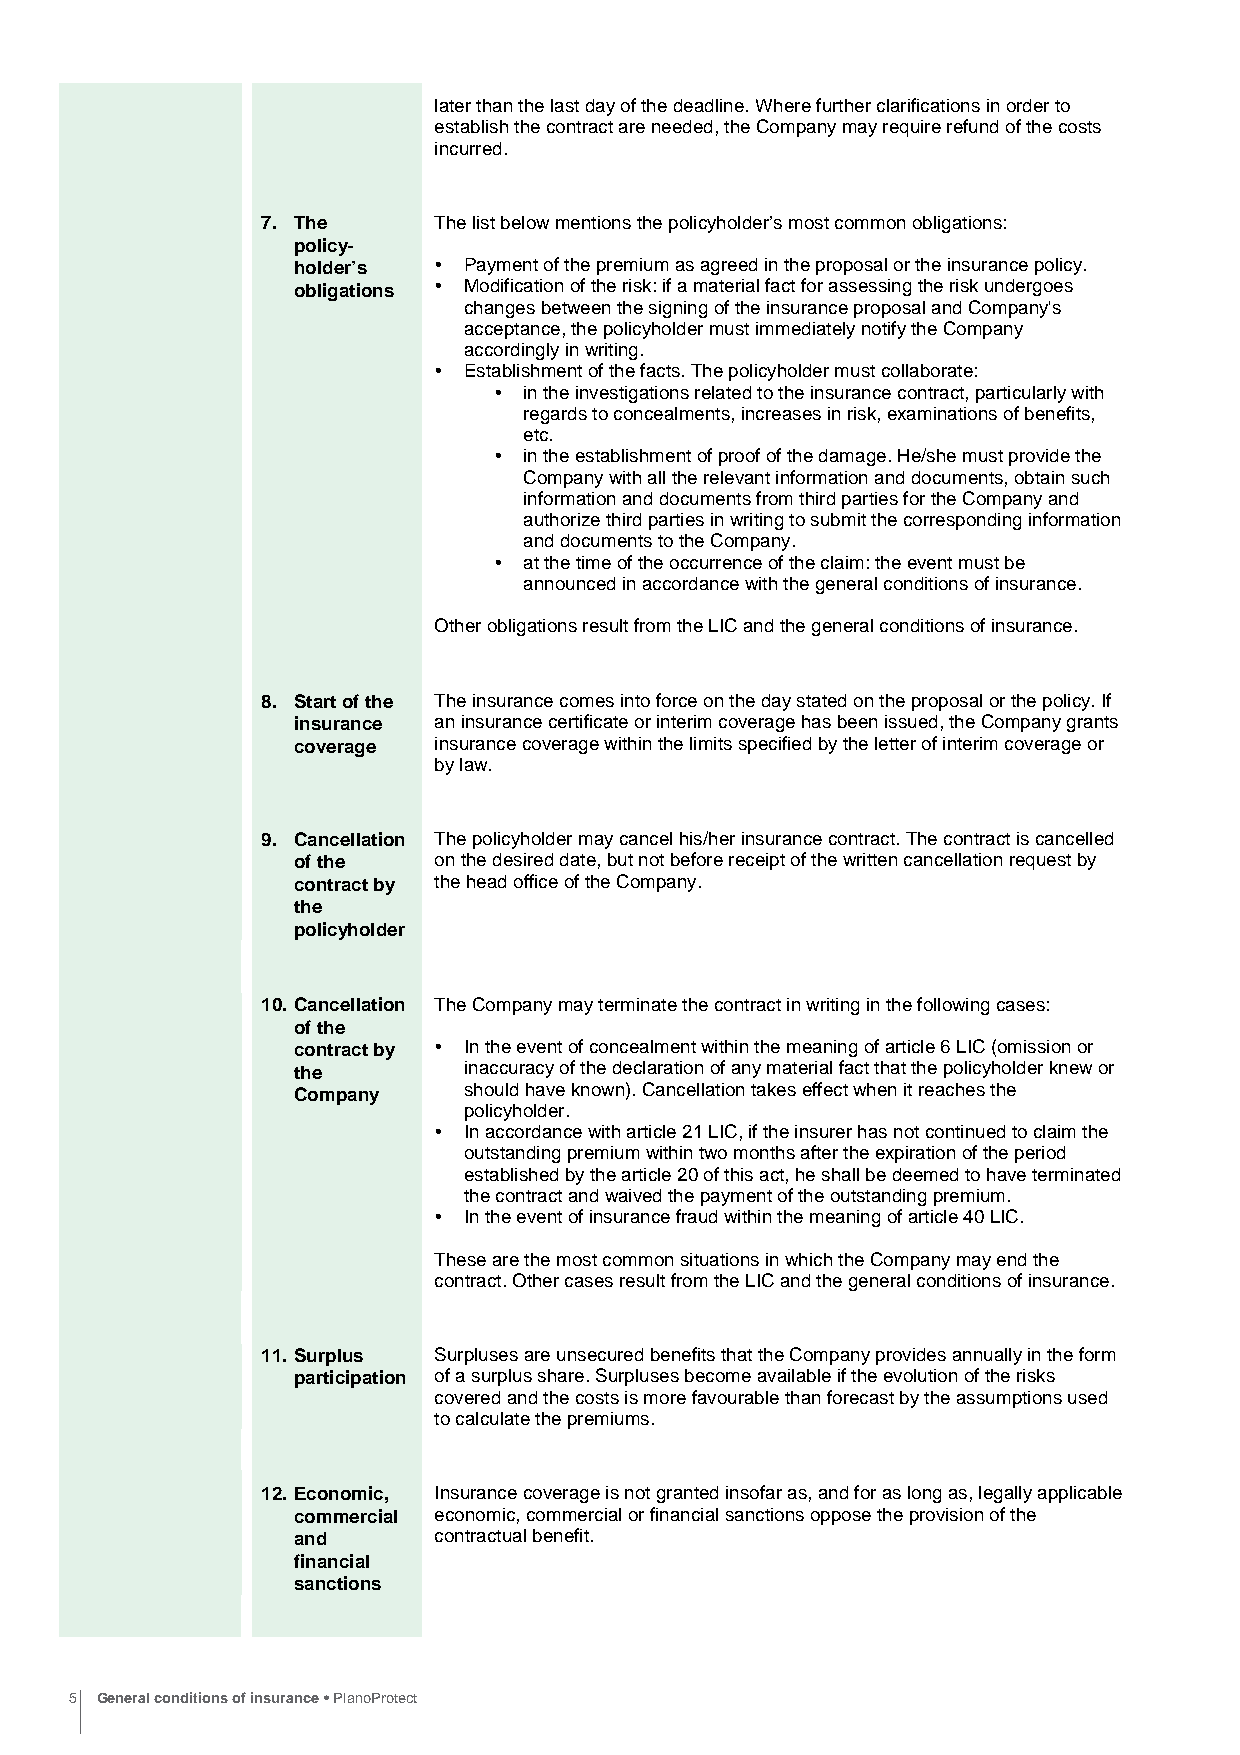
laterthanthelastdayofthedeadline.Wherefurtherclarificationsinorderto
 establishthecontractareneeded,theCompanymayrequirerefundofthecosts
 incurred.
 7. The      Thelistbelowmentionsthepolicyholder’smostcommonobligations:
 policy-
 holder’s  Ÿ Paymentofthepremiumasagreedintheproposalortheinsurancepolicy.
 obligations Ÿ Modificationoftherisk:ifamaterialfactforassessingtheriskundergoes
 changesbetweenthesigningoftheinsuranceproposalandCompany's
 acceptance,thepolicyholdermustimmediatelynotifytheCompany
 accordinglyinwriting.
 Ÿ Establishmentofthefacts.Thepolicyholdermustcollaborate:
 Ÿ intheinvestigationsrelatedtotheinsurancecontract,particularlywith
 regardstoconcealments,increasesinrisk,examinationsofbenefits,
 etc.
 Ÿ intheestablishmentofproofofthedamage.He/shemustprovidethe
 Companywithalltherelevantinformationanddocuments,obtainsuch
 informationanddocumentsfromthirdpartiesfortheCompanyand
 authorizethirdpartiesinwritingtosubmitthecorrespondinginformation
 anddocumentstotheCompany.
 Ÿ atthetimeoftheoccurrenceoftheclaim:theeventmustbe
 announcedinaccordancewiththegeneralconditionsofinsurance.
 OtherobligationsresultfromtheLICandthegeneralconditionsofinsurance.
 8. Startofthe Theinsurancecomesintoforceonthedaystatedontheproposalorthepolicy.If
 insurance aninsurancecertificateorinterimcoveragehasbeenissued,theCompanygrants
 coverage  insurancecoveragewithinthelimitsspecifiedbytheletterofinterimcoverageor
 bylaw.
 9. Cancellation Thepolicyholdermaycancelhis/herinsurancecontract.Thecontractiscancelled
 ofthe     onthedesireddate,butnotbeforereceiptofthewrittencancellationrequestby
 contractby theheadofficeoftheCompany.
 the
 policyholder
 10. Cancellation TheCompanymayterminatethecontractinwritinginthefollowingcases:
 ofthe
 contractby Ÿ Intheeventofconcealmentwithinthemeaningofarticle6LIC(omissionor
 the         inaccuracyofthedeclarationofanymaterialfactthatthepolicyholderknewor
 Company     shouldhaveknown).Cancellationtakeseffectwhenitreachesthe
 policyholder.
 Ÿ Inaccordancewitharticle21LIC,iftheinsurerhasnotcontinuedtoclaimthe
 outstandingpremiumwithintwomonthsaftertheexpirationoftheperiod
 establishedbythearticle20ofthisact,heshallbedeemedtohaveterminated
 thecontractandwaivedthepaymentoftheoutstandingpremium.
 Ÿ Intheeventofinsurancefraudwithinthemeaningofarticle40LIC.
 ThesearethemostcommonsituationsinwhichtheCompanymayendthe
 contract.OthercasesresultfromtheLICandthegeneralconditionsofinsurance.
 11. Surplus SurplusesareunsecuredbenefitsthattheCompanyprovidesannuallyintheform
 participation ofasurplusshare.Surplusesbecomeavailableiftheevolutionoftherisks
 coveredandthecostsismorefavourablethanforecastbytheassumptionsused
 tocalculatethepremiums.
 12. Economic, Insurancecoverageisnotgrantedinsofaras,andforaslongas,legallyapplicable
 commercial economic,commercialorfinancialsanctionsopposetheprovisionofthe
 and       contractualbenefit.
 financial
 sanctions
 5 General conditions of insurance • PlanoProtect